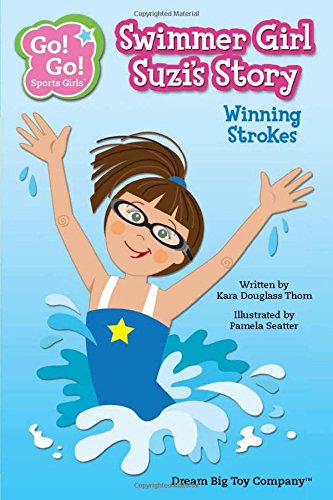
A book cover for Swimmer Girl Suzi's Story: Winning Strokes (Go! Go! Sports Girls); Kara Douglass Thom; Children's Books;